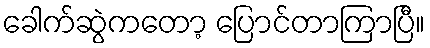
ခေါက်ဆွဲကတော့ ပြောင်တာကြာပြီ။